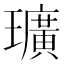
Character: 㼅